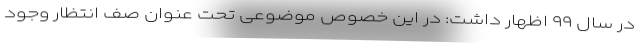
در سال ۹۹ اظهار داشت: در این خصوص موضوعی تحت عنوان صف انتظار وجود